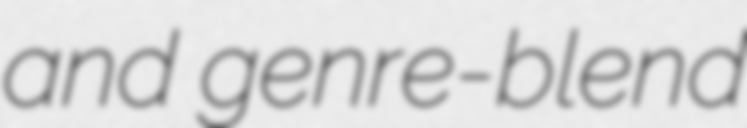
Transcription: and genre-blend